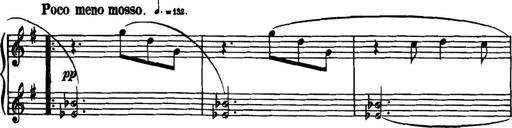
Title: Piano Sonatina in G minor
Composer: John Blackwood McEwen
Key: G minor